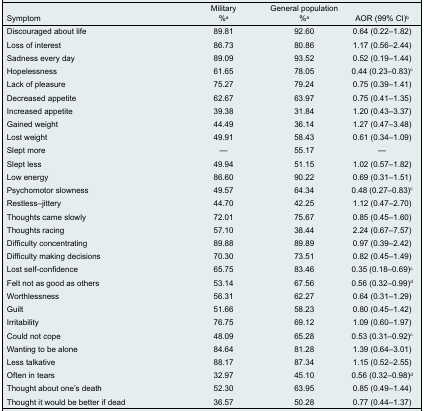
<table><thead><tr><td><b>Symptom</b></td><td><b>Military %<sup>a</sup></b></td><td><b>General population %<sup>a</sup></b></td><td><b>AOR (99% CI)<sup>b</sup></b></td></tr></thead><tbody><tr><td>Discouraged about life</td><td>89.81</td><td>92.60</td><td>0.64 (0.22–1.82)</td></tr><tr><td>Loss of interest</td><td>86.73</td><td>80.86</td><td>1.17 (0.56–2.44)</td></tr><tr><td>Sadness every day</td><td>89.09</td><td>93.52</td><td>0.52 (0.19–1.44)</td></tr><tr><td>Hopelessness</td><td>61.65</td><td>78.05</td><td>0.44 (0.23–0.83)<sup>c</sup></td></tr><tr><td>Lack of pleasure</td><td>75.27</td><td>79.24</td><td>0.75 (0.39–1.41)</td></tr><tr><td>Decreased appetite</td><td>62.67</td><td>63.97</td><td>0.75 (0.41–1.35)</td></tr><tr><td>Increased appetite</td><td>39.38</td><td>31.84</td><td>1.20 (0.43–3.37)</td></tr><tr><td>Gained weight</td><td>44.49</td><td>36.14</td><td>1.27 (0.47–3.48)</td></tr><tr><td>Lost weight</td><td>49.91</td><td>58.43</td><td>0.61 (0.34–1.09)</td></tr><tr><td>Slept more</td><td>—</td><td>55.17</td><td>—</td></tr><tr><td>Slept less</td><td>49.94</td><td>51.15</td><td>1.02 (0.57–1.82)</td></tr><tr><td>Low energy</td><td>86.60</td><td>90.22</td><td>0.69 (0.31–1.51)</td></tr><tr><td>Psychomotor slowness</td><td>49.57</td><td>64.34</td><td>0.48 (0.27–0.83)<sup>c</sup></td></tr><tr><td>Restless–jittery</td><td>44.70</td><td>42.25</td><td>1.12 (0.47–2.70)</td></tr><tr><td>Thoughts came slowly</td><td>72.01</td><td>75.67</td><td>0.85 (0.45–1.60)</td></tr><tr><td>Thoughts racing</td><td>57.10</td><td>38.44</td><td>2.24 (0.67–7.57)</td></tr><tr><td>Difficulty concentrating</td><td>89.88</td><td>89.89</td><td>0.97 (0.39–2.42)</td></tr><tr><td>Difficulty making decisions</td><td>70.30</td><td>73.51</td><td>0.82 (0.45–1.49)</td></tr><tr><td>Lost self-confidence</td><td>65.75</td><td>83.46</td><td>0.35 (0.18–0.69)<sup>c</sup></td></tr><tr><td>Felt not as good as others</td><td>53.14</td><td>67.56</td><td>0.56 (0.32–0.99)<sup>d</sup></td></tr><tr><td>Worthlessness</td><td>56.31</td><td>62.27</td><td>0.64 (0.31–1.29)</td></tr><tr><td>Guilt</td><td>51.66</td><td>58.23</td><td>0.80 (0.45–1.42)</td></tr><tr><td>Irritability</td><td>76.75</td><td>69.12</td><td>1.09 (0.60–1.97)</td></tr><tr><td>Could not cope</td><td>48.09</td><td>65.28</td><td>0.53 (0.31–0.92)<sup>c</sup></td></tr><tr><td>Wanting to be alone</td><td>84.64</td><td>81.28</td><td>1.39 (0.64–3.01)</td></tr><tr><td>Less talkative</td><td>88.17</td><td>87.34</td><td>1.15 (0.52–2.55)</td></tr><tr><td>Often in tears</td><td>32.97</td><td>45.10</td><td>0.56 (0.32–0.98)<sup>d</sup></td></tr><tr><td>Thought about one’s death</td><td>52.30</td><td>63.95</td><td>0.85 (0.49–1.44)</td></tr><tr><td>Thought it would be better if dead</td><td>36.57</td><td>50.28</td><td>0.77 (0.44–1.37)</td></tr></tbody></table>